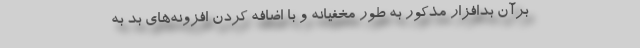
برآن بدافزار مذکور به طور مخفیانه و با اضافه کردن افزونه‌های بد به